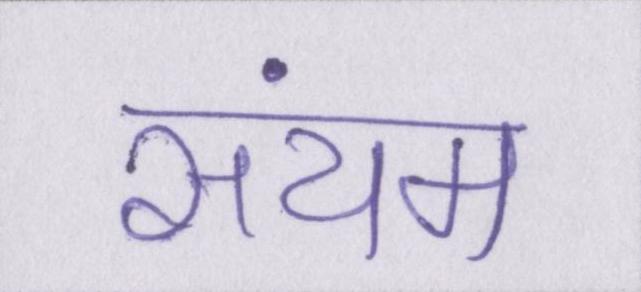
संयम